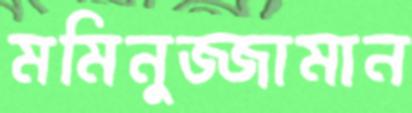
মমিনুজ্জামান